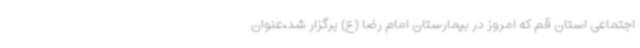
اجتماعی استان قم که امروز در بیمارستان امام رضا (ع) برگزار شد،عنوان